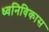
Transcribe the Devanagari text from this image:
ध्वनिविकास